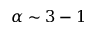
\alpha \sim 3 - 1